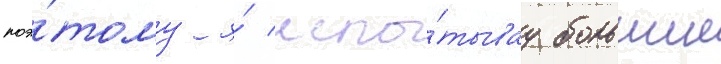
поэ́тому я́ испы́тывау большие